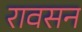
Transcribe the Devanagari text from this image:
रावसन